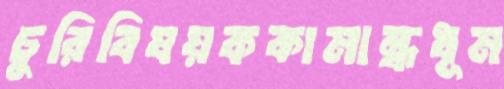
চুরিবিষয়ককামান্ধধূম